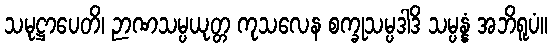
သမုဋ္ဌာပေတိ၊ ဉာဏသမ္ပယုတ္တ ကုသလေန စက္ခုသမ္ပဒါဒိ သမ္ပန္နံ အဘိရူပံ။